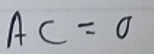
$A\subset =\varnothing$